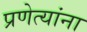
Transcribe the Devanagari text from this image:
प्रणेत्यांना